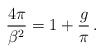
LaTeX: \begin{align*}\frac{4\pi}{\beta^2}=1+\frac{g}{\pi}\, .\end{align*}